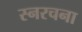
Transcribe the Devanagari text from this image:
स्नरचना